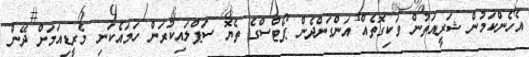
އެހެންކަމުން ޝަރީއަތުން ވަކިގޮތެއް އަންގަންދެން ޕޯޓްސްގެ ތެޔޮ ސަޕްލައިކުރަން ހަމައެކަނި މެރީޑިއަމަށް ދޭން